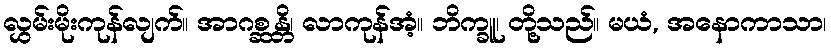
လွှမ်းမိုးကုန်လျက်။ အာဂစ္ဆန္တိ၊ လာကုန်အံ့။ ဘိက္ခူ၊ တို့သည်။ မယံ, အနောကာသာ၊